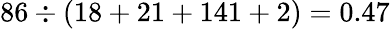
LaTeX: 86\div(18+21+141+2)=0.47